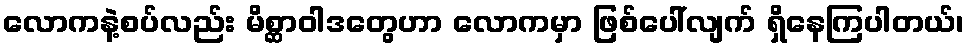
လောကနဲ့စပ်လည်း မိစ္ဆာဝါဒတွေဟာ လောကမှာ ဖြစ်ပေါ်လျက် ရှိနေကြပါတယ်၊